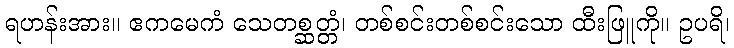
ရဟန်းအား။ ဧကမေကံ သေတစ္ဆတ္တံ၊ တစ်စင်းတစ်စင်းသော ထီးဖြူကို။ ဥပရိ၊